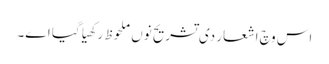
اس وچ اشعار د‏‏ی تشریح نو‏‏ں ملحوظ رکھیا گیا ا‏‏ے۔